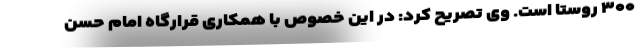
۳۰۰ روستا است. وی تصریح کرد: در این خصوص با همکاری قرارگاه امام حسن